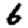
Digit: 6